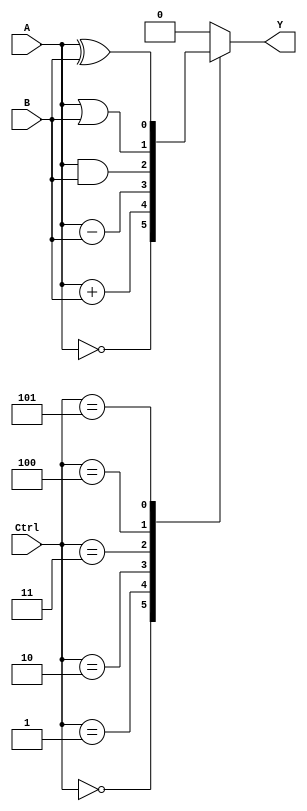
module alu_1bit (
    input wire A,
    input wire B,
    input wire [2:0] Ctrl,
    output reg Y
    );
    
    // Functional blocks declaration
    wire sum, diff, and_out, or_out, xor_out;

    // Adder
    assign sum = A + B;

    // Subtractor
    assign diff = A - B;

    // AND gate
    assign and_out = A & B;

    // OR gate
    assign or_out = A | B;

    // XOR gate
    assign xor_out = A ^ B;

    // Output selection based on control signal
    always @(*)
    begin
        case(Ctrl)
            3'b000: Y = ~A; // NOT operation
            3'b001: Y = sum; // Addition
            3'b010: Y = diff; // Subtraction
            3'b011: Y = and_out; // AND operation
            3'b100: Y = or_out; // OR operation
            3'b101: Y = xor_out; // XOR operation
            default: Y = 1'b0; // Default output
        endcase
    end

endmodule